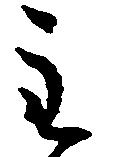
主